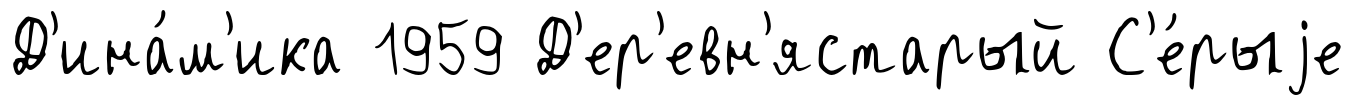
Д'ина́м'ика 1959 Д'ер'евн'ястарый С'е́рыjе